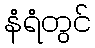
နံရံတွင်